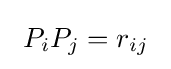
\ P_{i}P_{j}=r_{ij}\